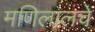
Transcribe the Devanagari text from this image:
मणिलालचे